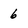
Character: 6